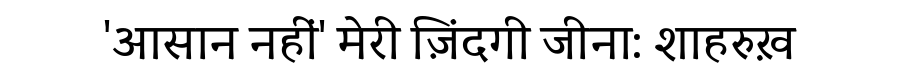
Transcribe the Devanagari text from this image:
'आसान नहीं' मेरी ज़िंदगी जीना: शाहरुख़